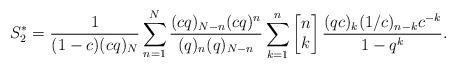
LaTeX: \begin{align*}S_2^{*}=\frac{1}{(1-c)(cq)_N} \sum_{n=1}^N \frac{ (c q)_{N-n} (cq)^n }{(q)_n (q)_{N-n} } \sum_{k=1}^n \left[\begin{matrix} n\\k\end{matrix}\right] \frac{(qc)_k (1/c)_{n-k} c^{-k}}{1- q^k}.\end{align*}